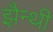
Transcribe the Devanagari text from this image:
झैन्थी